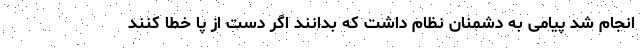
انجام شد پیامی به دشمنان نظام داشت که بدانند اگر دست از پا خطا کنند